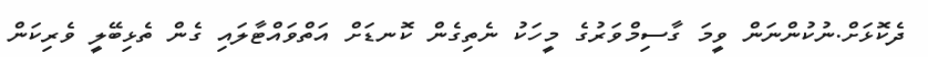
ދެކޮޅަށް.ނުކުންނަން ވީމަ ގާސިމްވަރުގެ މީހަކު ނެތިގެން ކޮނޑަށް އަތްވައްޓާލައި ގެން ތެޅިބޭލީ ވެރިކަން